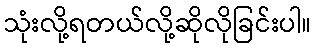
သုံးလို့ရတယ်လို့ဆိုလိုခြင်းပါ။